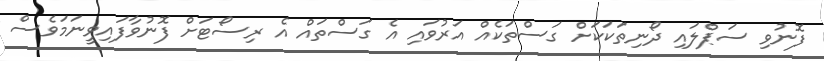
ފޮނުވި ސަޕްލައި ދޯނިތަކަކަށް ގަސްތަކެއް އަރުވައި އެ ގަސްތައް އެ ރިސޯޓަށް ފޮނުވާފައިވީނަމަވެސް